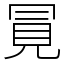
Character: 㒻